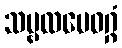
သမ္ဗလမေဝဂ္ဂံ